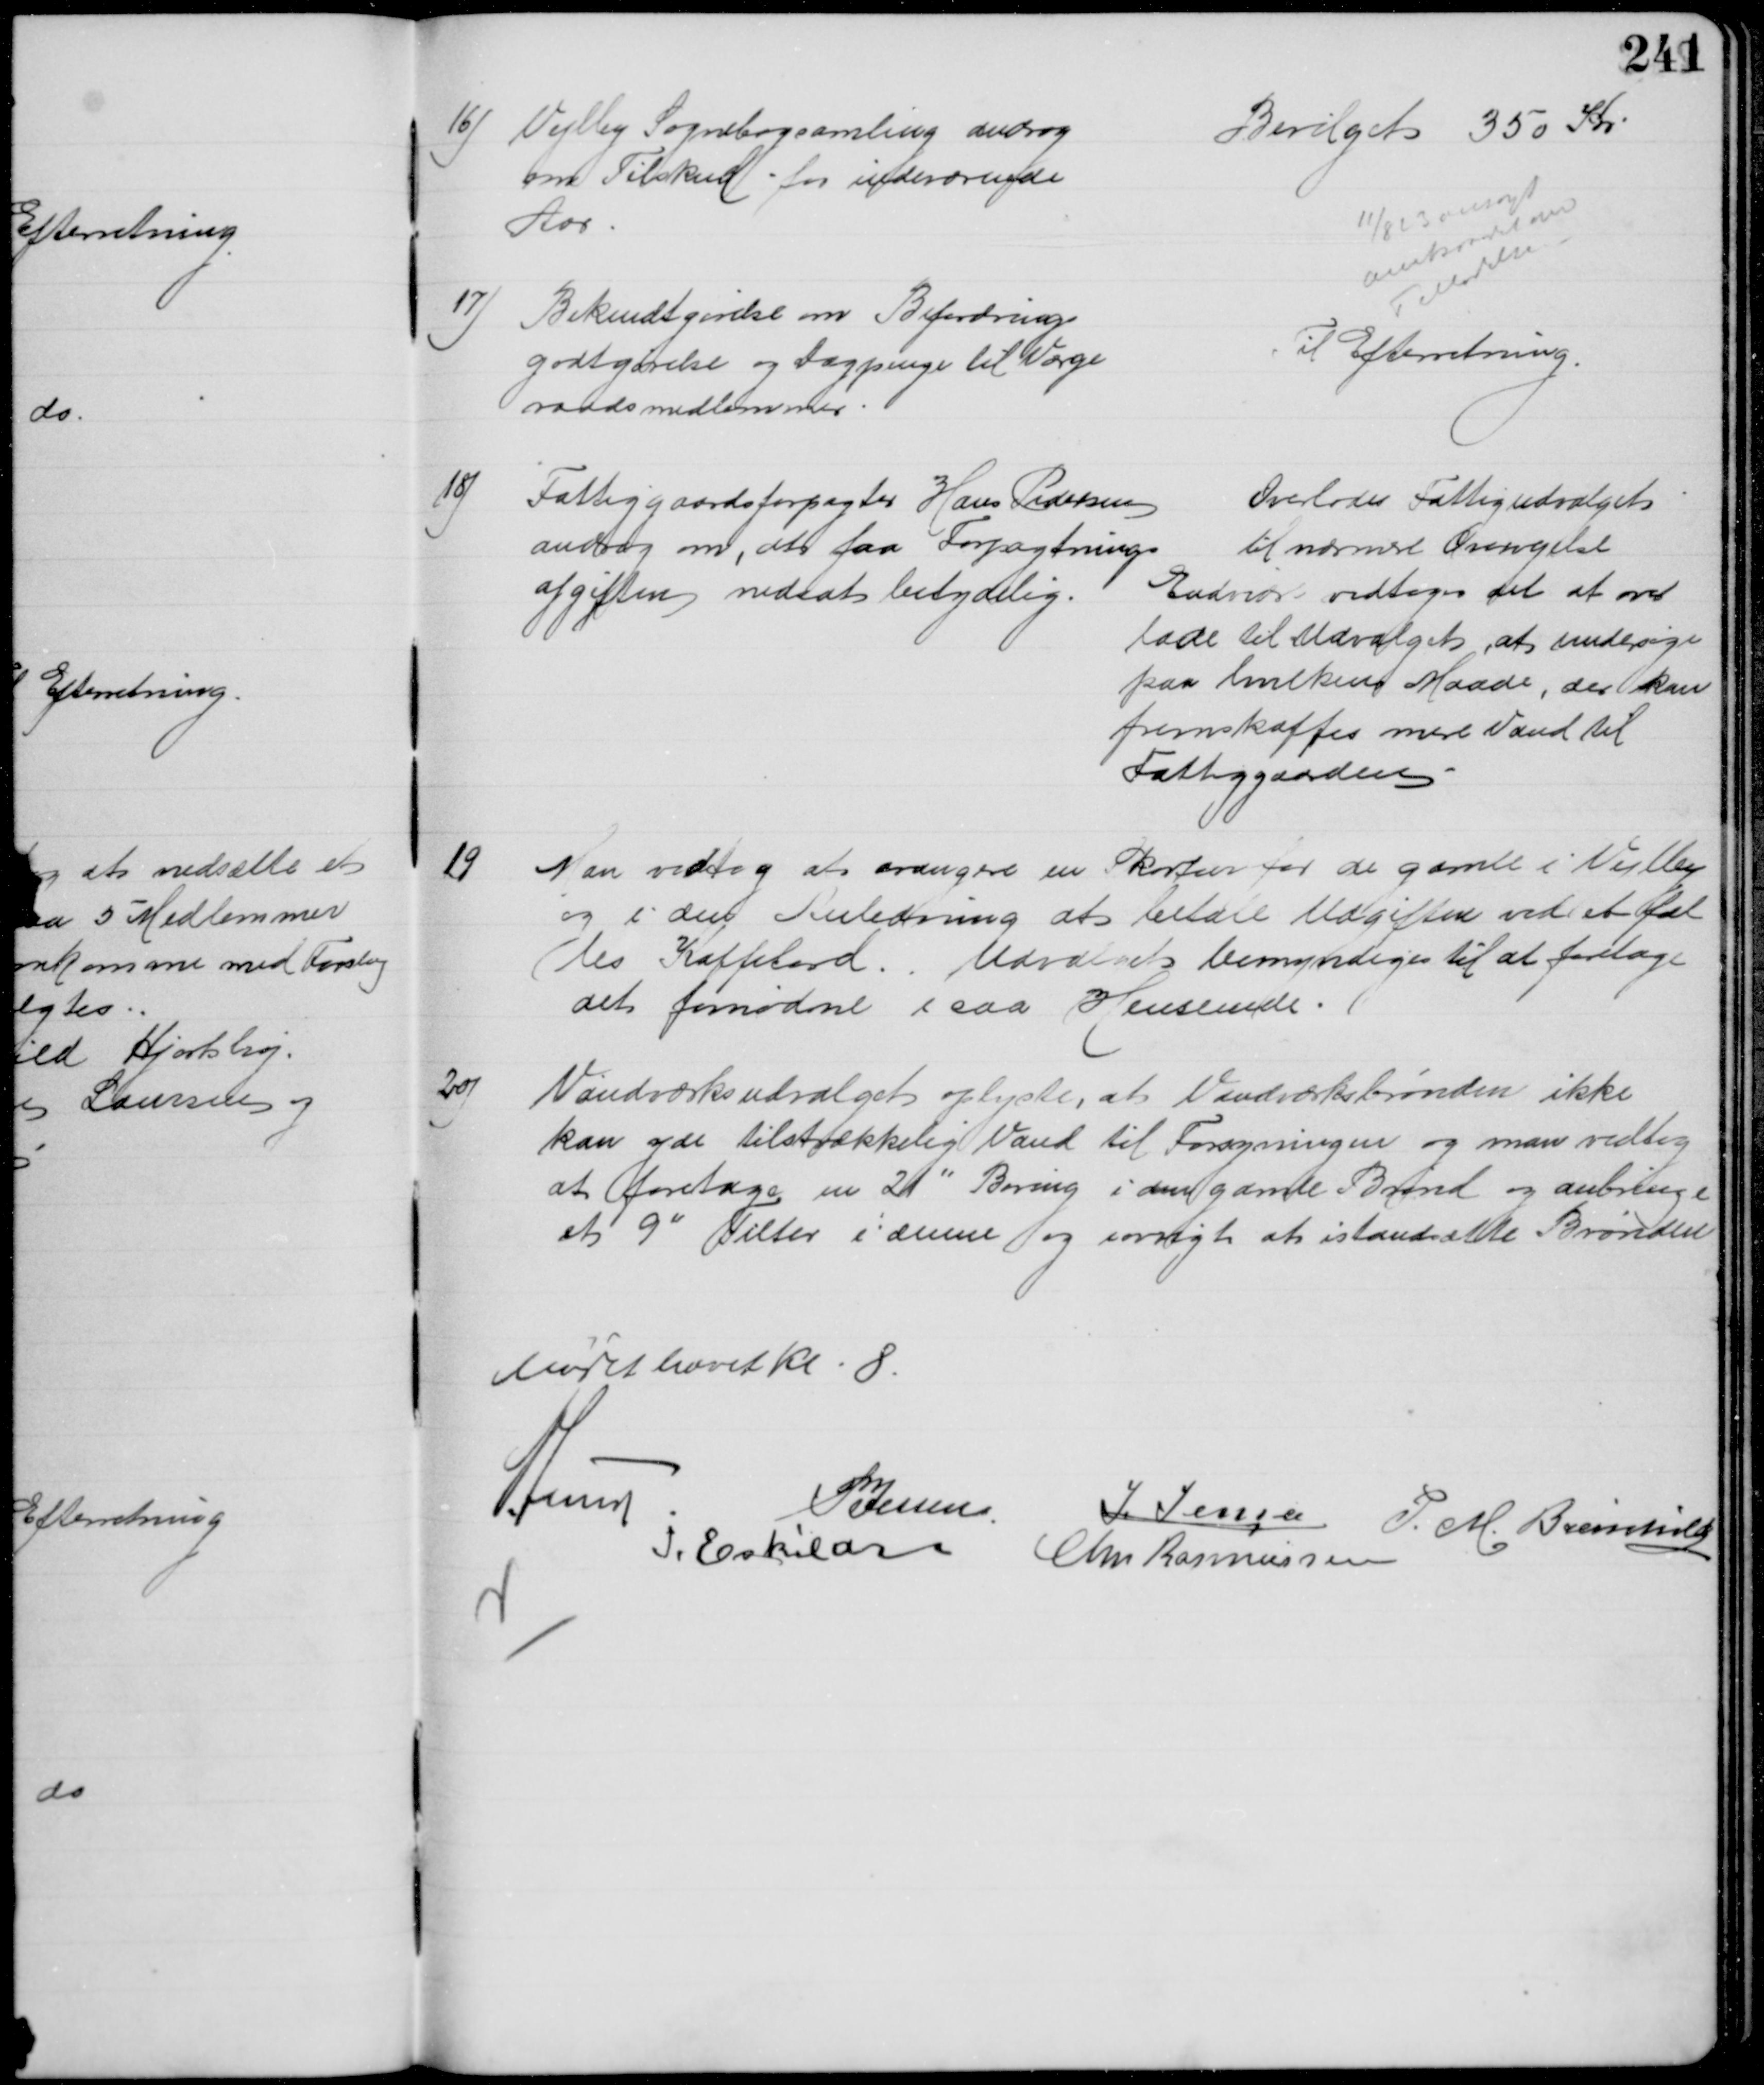
Transskription:
16) Vejlby Sognebogsamling androg
om Tilskud for indeværende
Aar.
Bevilget 350 Kr
11/8 23 ansøgt
Amtsraadet om
Tilladelse
17) Bekendtgørelse om Befordrings
godtgørelse og Dagpenge til Værge
raadsmedlemmer
Til Efterretning
18)
Fattiggaardsforpagter Hans Pedersen
androg om, at faa Forpagtnings
afgiften nedsat betydelig
Overlodes Fattigudvalgets
til nærmere Overvejelse
Endvidre vedtoges det at over 
lade til Udvalget, at undersøge
paa hvilken Maade, der kan
fremskaffes mere Vand til 
Fattiggaarden
19
Man vedtog at arrangere en Skovtur for de gamle i Vejlby
og i den Anledning at betale Udgiften ved et fæl
les Kaffebord. Udvalget bemyndiges til at foretage
det fornødne i saa Henseende.
20)
Vandværksudvalget oplyste, at Vandværksbrønden ikke 
kan yde tilstrækkelig Vand til Forsyningen og man vedtog 
at foretage en 21" Boring i den gamle Brønd og anbringe
et 9" Filter i denne og iøvrigt at istandsætte Brønden
Mødet hævet Kl. 8.
A Lund
P Jessen
J. Jensen P. M. Breinhild
I. Eskildsen
Chr Rasmussen